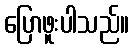
ပြောဖူးပါသည်။